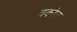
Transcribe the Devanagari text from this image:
वकोत